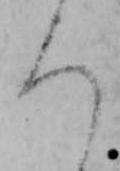
ろ